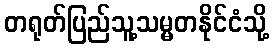
တရုတ်ပြည်သူ့သမ္မတနိုင်ငံသို့